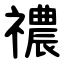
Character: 禯